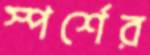
স্পর্শের